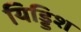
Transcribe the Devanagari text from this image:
यिड्डिश